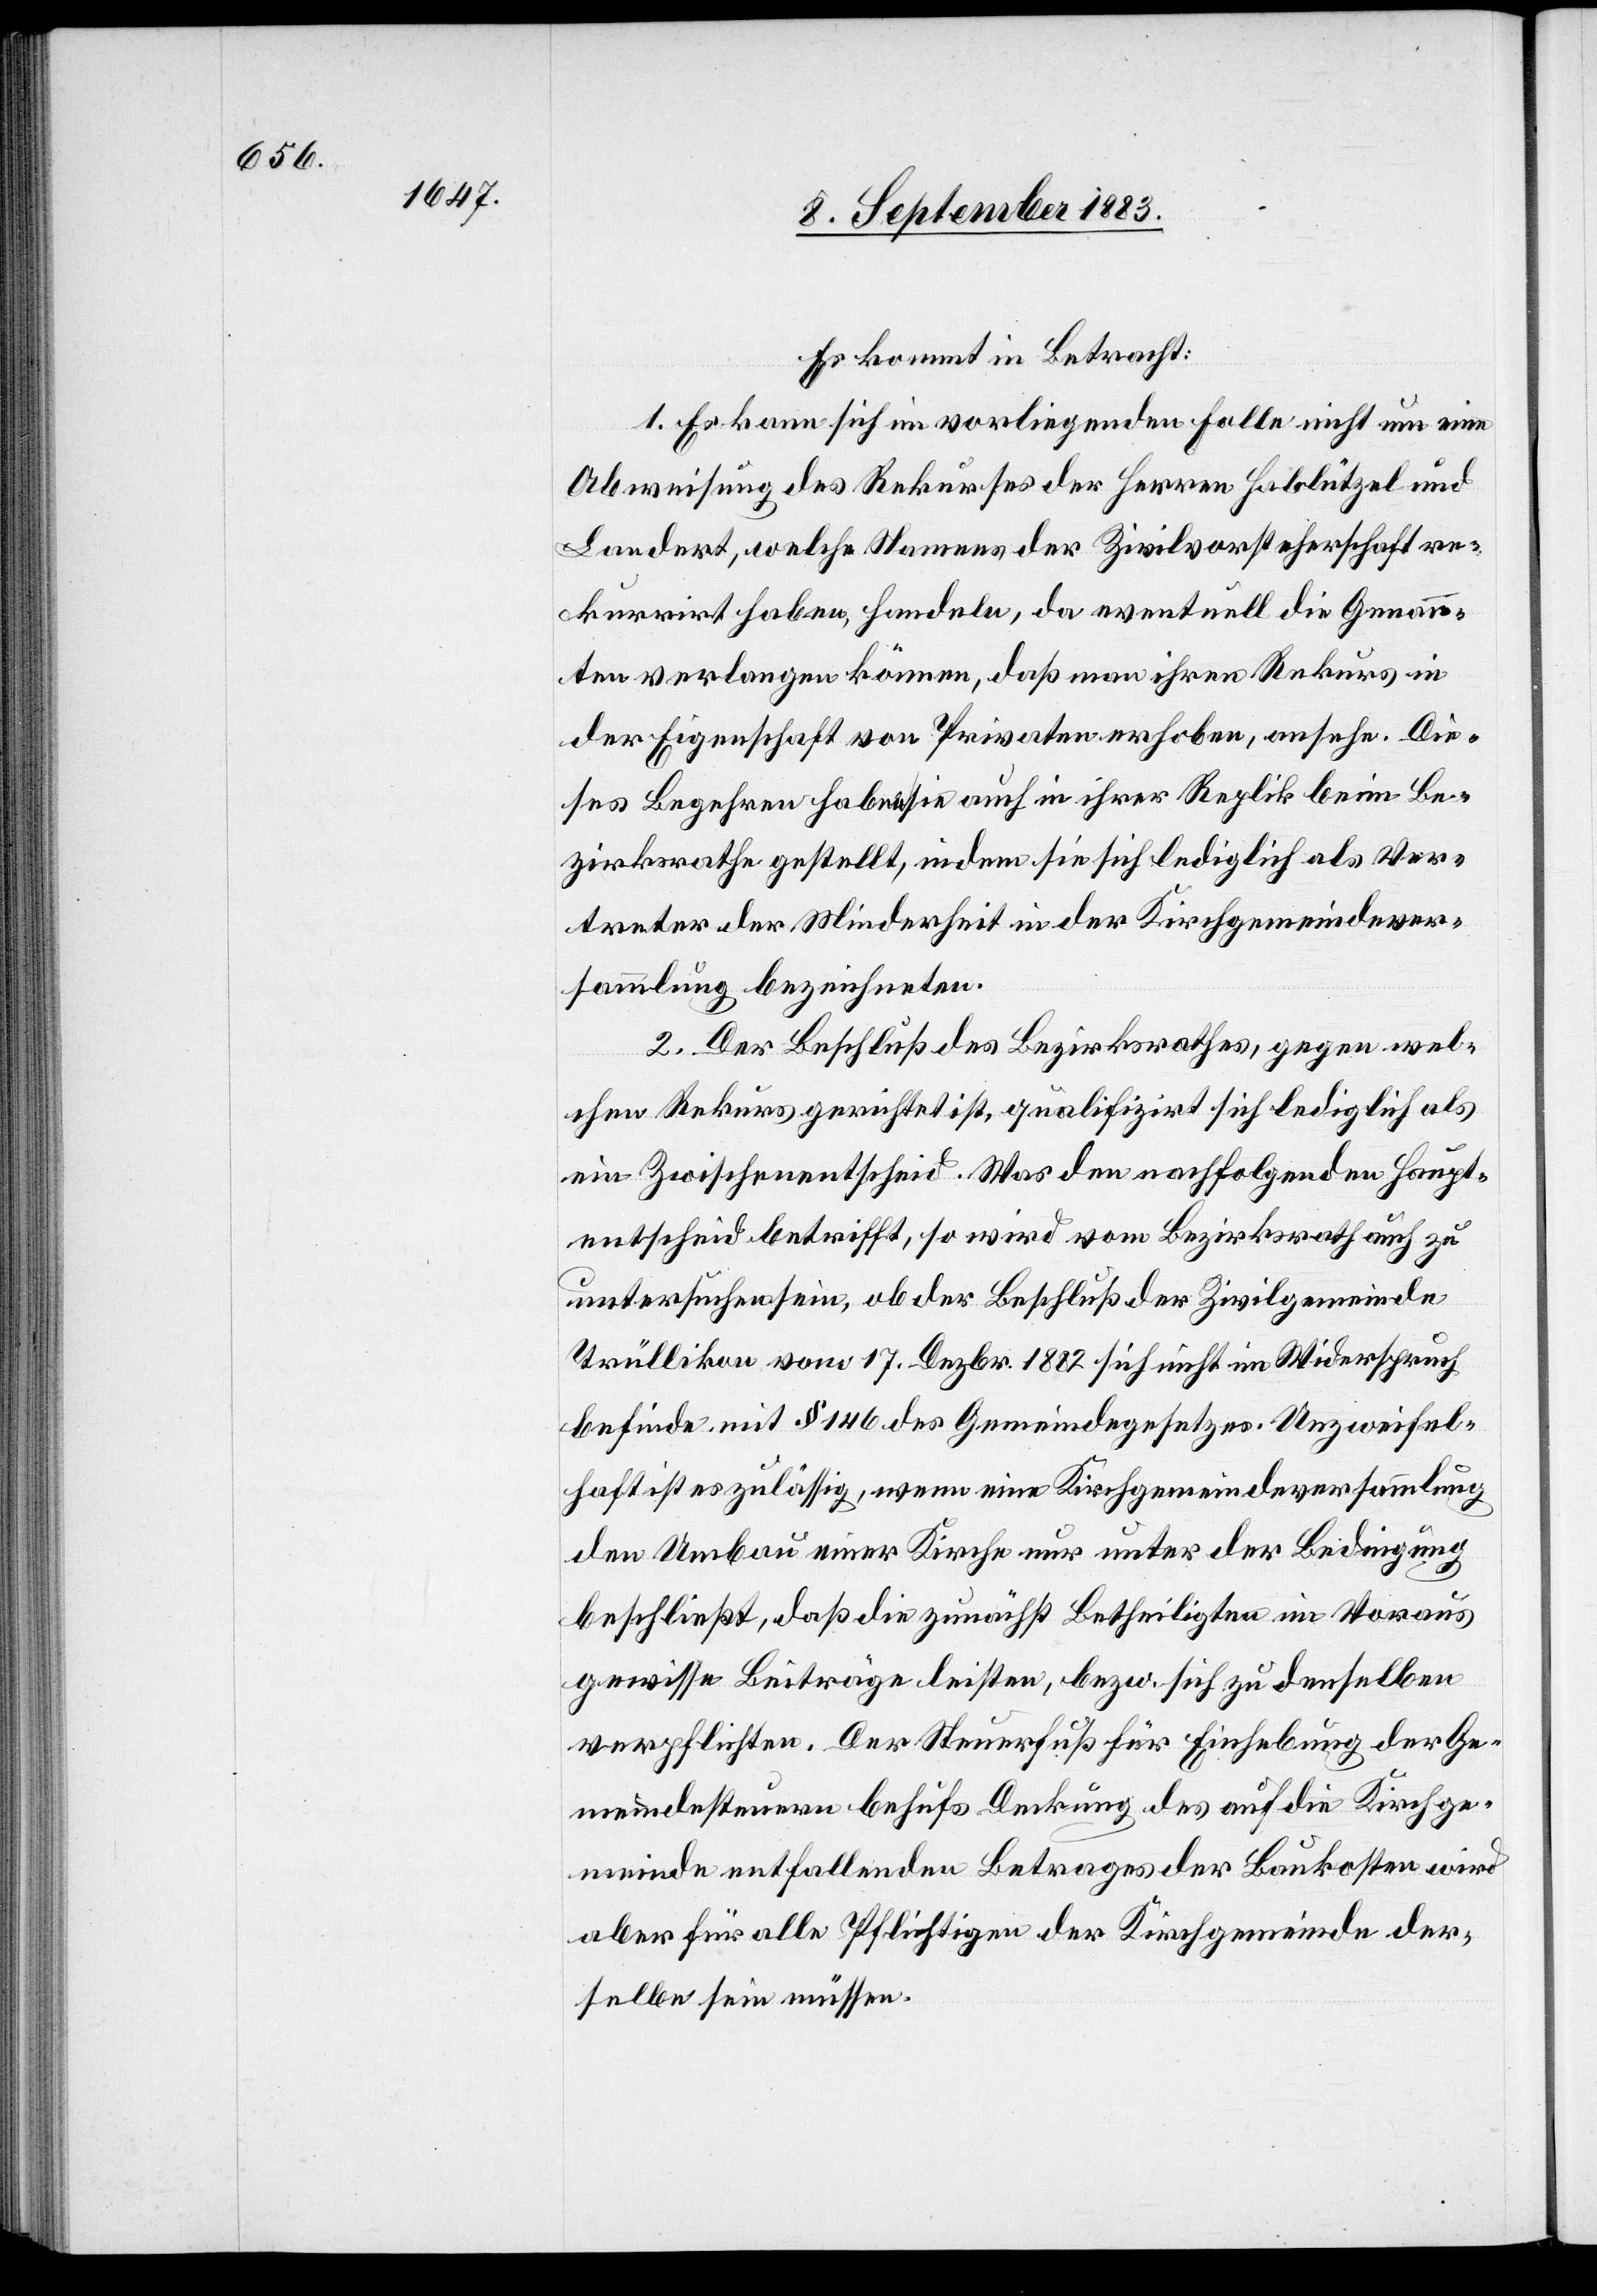
Es kommt in Betracht:
1. Es kann sich im vorliegenden Falle nicht um eine
Abweisung des Rekurses der Herren Hablützel und
Landert, welche Namens der Zivilvorsteherschaft re¬
kurrirt haben, handeln, da eventuell die Genann¬
ten verlangen könnten, daß man ihren Rekurs in
der Eigenschaft von Privaten erhoben, ansehe. Die¬
ses Begehren haben sie auch in ihrer Replik beim Be¬
zirksrathe gestellt, indem sie sich lediglich als Ver¬
treter der Minderheit in der Kirchgemeindever¬
sammlung bezeichneten.
2. Der Beschluß des Bezirksrathes, gegen wel¬
chen Rekurs gerichtet ist, qualifizirt sich lediglich als
ein Zwischenentscheid. Was den nachfolgenden Haupt¬
entscheid betrifft, so wird vom Bezirksrath auch zu
untersuchen sein, ob der Beschluß der Zivilgemeinde
Trüllikon vom 17. Dezbr. 1882 sich nicht im Widerspruch
befinde mit § 146 des Gemeindegesetzes. Unzweifel¬
haft ist es zulässig, wenn eine Kirchgemeindeversammlung
den Umbau einer Kirche nur unter der Bedingung
beschließt, daß die zunächst Betheiligten im Voraus
gewisse Beiträge leisten, bezw. sich zu denselben
verpflichten. Der Steuerfuß für Einhebung der Ge¬
meindesteuern behufs Deckung des auf Direktion Kirchge¬
meinde entfallenden Betrages der Baukosten wird
aber für alle Pflichtigen der Kirchgemeinde der¬
selbe sein müssen.